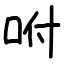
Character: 咐